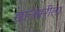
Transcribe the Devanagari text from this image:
ज्ञानेश्वरीला